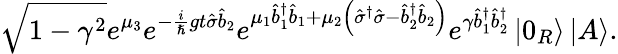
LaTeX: \sqrt{1-\gamma^{2}}e^{\mu_{3}}e^{-\frac{i}{\hslash}gt\hat{\sigma}\hat{b}_{2}}e^{\mu_{1}\hat{b}_{1}^{\dagger}\hat{b}_{1}+\mu_{2}\left(\hat{\sigma}^{\dagger}\hat{\sigma}-\hat{b}_{2}^{\dagger}\hat{b}_{2}\right)}e^{\gamma\hat{b}_{1}^{\dagger}\hat{b}_{2}^{\dagger}}\left\vert 0_{R}\right\rangle\left\vert A\right\rangle.